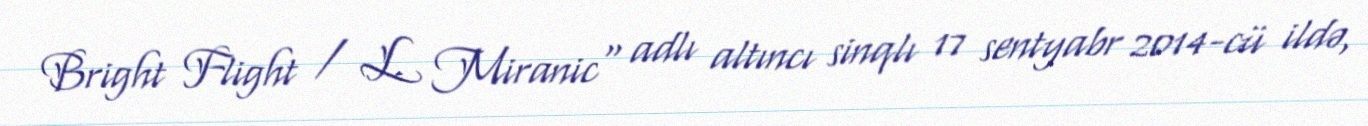
Bright Flight / L. Miranic" adlı altıncı sinqlı 17 sentyabr 2014-cü ildə,